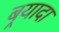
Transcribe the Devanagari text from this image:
बर्‍यादा